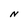
Character: N